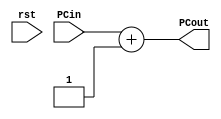
module PCAdder( input [31:0] PCin,
                input rst,
                output reg [31:0] PCout);
    always @* begin
        PCout = PCin + 1;
    end
endmodule